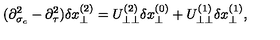
( \partial _ { \sigma _ { c } } ^ { 2 } - \partial _ { \tau } ^ { 2 } ) \delta x _ { \perp } ^ { ( 2 ) } = U _ { \perp \perp } ^ { ( 2 ) } \delta x _ { \perp } ^ { ( 0 ) } + U _ { \perp \perp } ^ { ( 1 ) } \delta x _ { \perp } ^ { ( 1 ) } ,